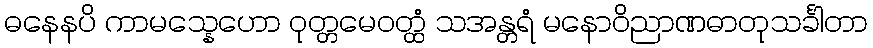
ဓနေနပိ ကာမသ္နေဟော ဝုတ္တမေဝတ္ထံ သအန္တရံ မနောဝိညာဏဓာတုသင်္ခါတာ